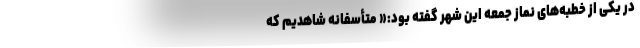
در یکی از خطبه‌های نماز جمعه این شهر گفته بود:« متأسفانه شاهدیم که